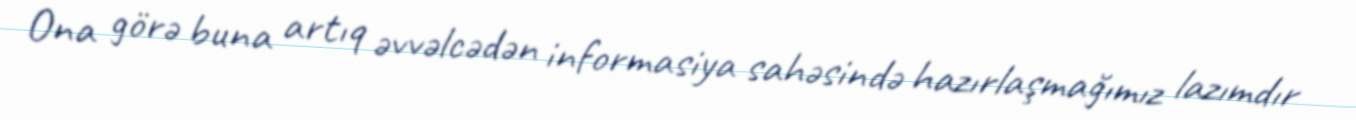
Ona görə buna artıq əvvəlcədən informasiya sahəsində hazırlaşmağımız lazımdır